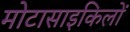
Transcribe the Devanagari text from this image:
मोटासाइकिलों